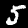
Label: 5